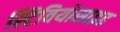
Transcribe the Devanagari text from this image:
स्टिवियोसाइड